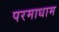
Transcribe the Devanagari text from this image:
परमाधाम